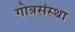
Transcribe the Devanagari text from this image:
गोत्रसंस्था